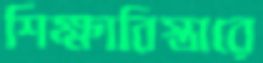
শিক্ষাবিস্তারে